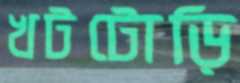
খটটোড়ি